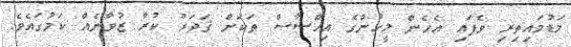
މަޑުމައިތިރި ވެފައި އެހެން މީހުންގެ އިހްސާސް ތަކަށް ޤަދަރު ކުރާ ޒުވާނެއް ކަމުގައެވެ.